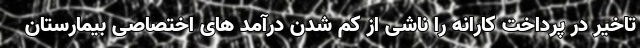
تاخیر در پرداخت کارانه را ناشی از کم شدن درآمد های اختصاصی بیمارستان